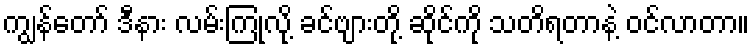
ကျွန်တော် ဒီနား လမ်းကြုံလို့ ခင်ဗျားတို့ ဆိုင်ကို သတိရတာနဲ့ ဝင်လာတာ။